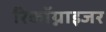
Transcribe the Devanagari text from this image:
रिकॉग्नाइजर